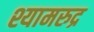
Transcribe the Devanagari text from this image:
श्यामरुद्र